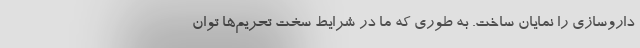
داروسازی را نمایان ساخت. به طوری که ما در شرایط سخت تحریم‌ها توان